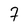
Character: 7